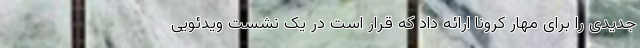
جدیدی را برای مهار کرونا ارائه داد که قرار است در یک نشست ویدئویی